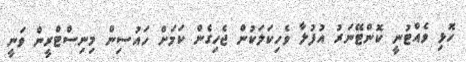
ހޮޅި ވެއްޓުނީ ކޮންޓޭނަރު އުފުލާ ވެހިކަލަކުން ޖެހިގެން ކަމަށް ހައުސިން މިނިސްޓްރީން ވަނީ